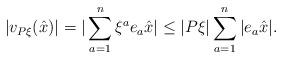
LaTeX: \begin{align*} |v_{P\xi}(\hat{x})| = |\sum_{a=1}^n \xi^a e_a \hat{x}| \leq |P\xi|\sum_{a=1}^n |e_a \hat{x}|. \end{align*}